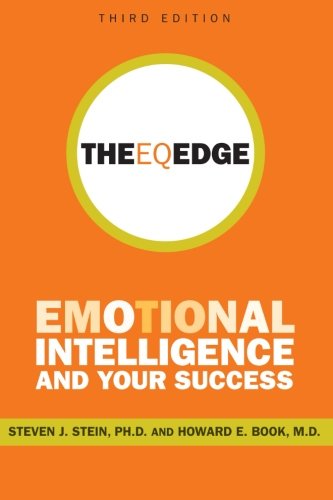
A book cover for The EQ Edge: Emotional Intelligence and Your Success; Steven J. Stein; Health, Fitness & Dieting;